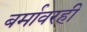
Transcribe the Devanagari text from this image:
बर्मावरही